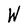
Character: W